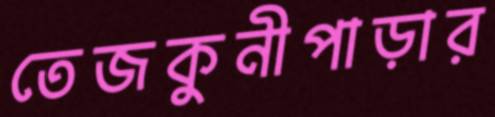
তেজকুনীপাড়ার